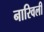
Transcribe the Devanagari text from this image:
नारिवली